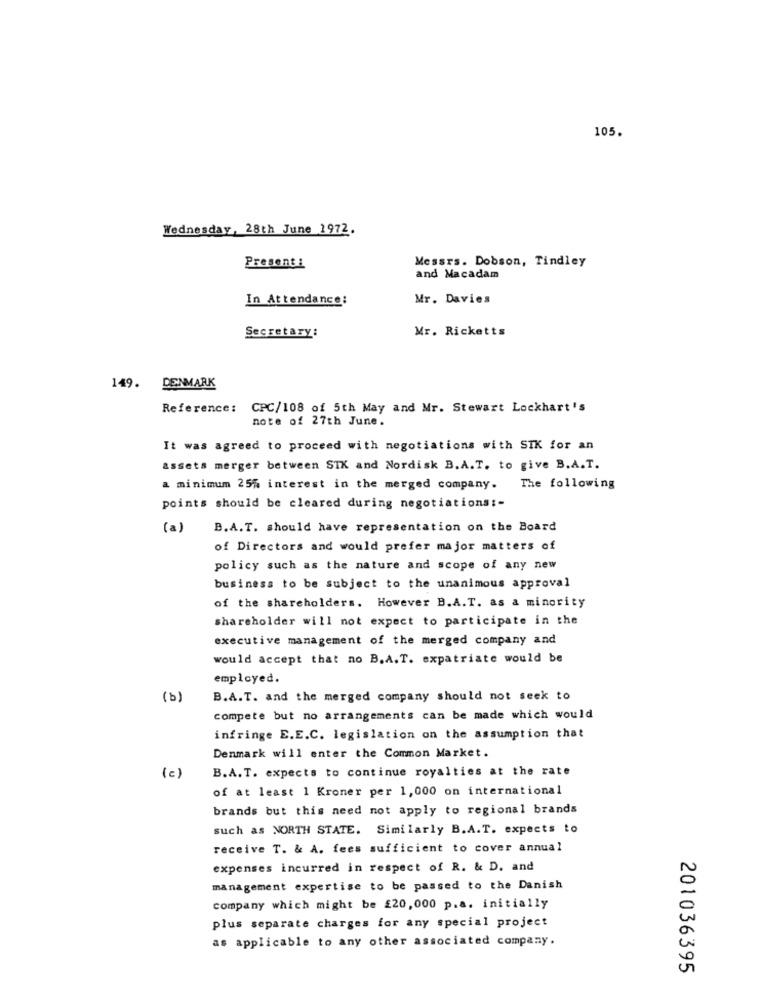
105.
Wednesday, 28th June 1972.
Presenti
Messrs. Dobson, Tindley
and Macadam
In Attendance:
Mr. Davies
Mr. Ricketts
Secretary:
149. DENMARK
Reference:
CPC/108 of 5th May and Mr. Stewart Lockhart's
note of 27th June.
It was agreed to proceed with negotiations with SIK for an
assets merger between SIK and Nordisk B.A.T. to give B.A.T.
a minimum 25% interest in the merged company. The following
points should be cleared during negotiations :-
(a)
B.A.T. should have representation on the Board
of Directors and would prefer major matters of
policy such as the nature and scope of any new
business to be subject to the unanimous approval
of the shareholders. However B.A.T. as a minority
shareholder will not expect to participate in the
executive management of the merged company and
would accept that no B.A.T. expatriate would be
employed.
(b)
B.A.T. and the merged company should not seek to
compete but no arrangements can be made which would
infringe E.E.C. legislation on the assumption that
Denmark will enter the Common Market.
B.A.T. expects to continue royalties at the rate
(c)
of at least 1 Kroner per 1,000 on international
brands but this need not apply to regional brands
such as NORTH STATE. Similarly B.A.T. expects to
receive T. & A. fees sufficient to cover annual
expenses incurred in respect of R. & D. and
management expertise to be passed to the Danish
company which might be £20,000 p.a. initially
plus separate charges for any special project
as applicable to any other associated company.
201036395